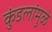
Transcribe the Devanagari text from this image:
कुंडलांमुळे